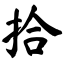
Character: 拾